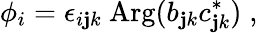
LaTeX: \phi_{i}=\epsilon_{i\mathbf{j}k}~\mathrm{{Arg}}(b_{\mathbf{j}k}c_{\mathbf{j}k}^{*})\; ,